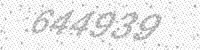
Solution: 644939